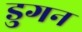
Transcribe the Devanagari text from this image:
डुगन